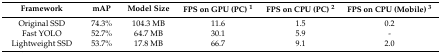
| Framework | mAP | Model Size | FPS on GPU (PC) 1 | FPS on CPU (PC) 2 | FPS on CPU (Mobile) 3 |
 | --- | --- | --- | --- | --- | --- |
 | Original SSD | 74.3% | 104.3 MB | 11.6 | 1.5 | 0.2 |
 | Fast YOLO | 52.7% | 64.7 MB | 30.1 | 5.9 | - |
 | Lightweight SSD | 53.7% | 17.8 MB | 66.7 | 9.1 | 2.0 |